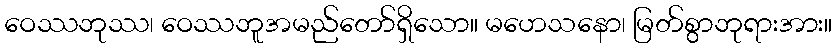
ဝေဿဘုဿ၊ ဝေဿဘူအမည်တော်ရှိသော။ မဟေသနော၊ မြတ်စွာဘုရားအား။